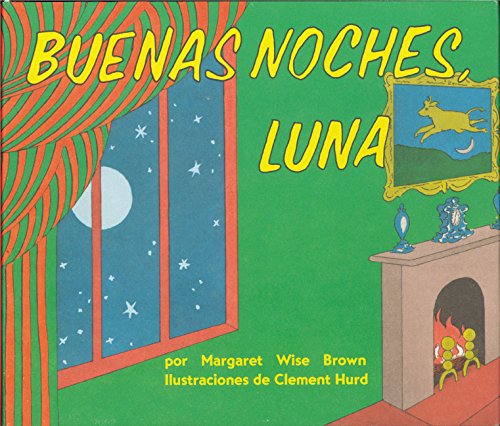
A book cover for Buenas noches, Luna (Goodnight Moon, Spanish Edition); Margaret Wise Brown; Children's Books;